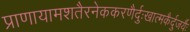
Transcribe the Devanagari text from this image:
प्राणायामशतैरनेककरणैर्दुःखात्मकैर्दुजर्यैः